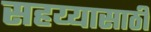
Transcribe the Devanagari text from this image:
सहय्यासाठी